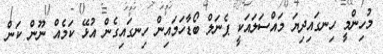
މުހިންމީ ހިނގައިދިޔަ މައްސަލައަކީ ޕެނަލް ބޯޑާހަމައިން ހިނގައިގެން އުޅޭ ކަމެއް ނޫން ކަން